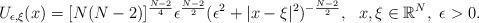
LaTeX: \begin{align*}U_{\epsilon,\xi}(x)=[N(N-2)]^{\frac{N-2}{4}}\epsilon^{\frac{N-2}{2}}(\epsilon^2+|x-\xi|^2)^{-\frac{N-2}{2}},\ \ x,\xi\in\mathbb{R}^N, \ \epsilon>0.\end{align*}